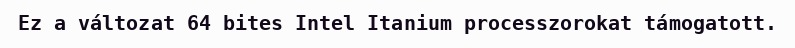
Ez a változat 64 bites Intel Itanium processzorokat támogatott.